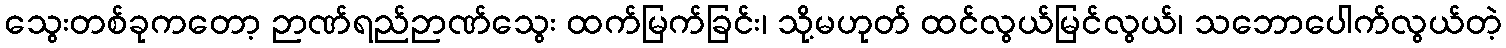
သွေးတစ်ခုကတော့ ဉာဏ်ရည်ဉာဏ်သွေး ထက်မြက်ခြင်း၊ သို့မဟုတ် ထင်လွယ်မြင်လွယ်၊ သဘောပေါက်လွယ်တဲ့